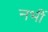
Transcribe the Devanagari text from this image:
नभीं